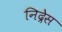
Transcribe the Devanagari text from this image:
निद्रेस